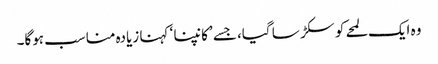
وہ ایک لمحے کو سکڑ سا گیا، جسے ’کانپنا ‘ کہنا زیادہ مناسب ہوگا۔